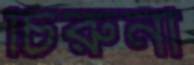
চিরুনী